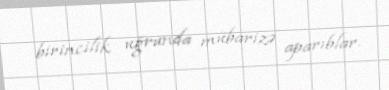
birincilik uğrunda mübarizə aparıblar.